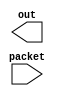
// selects specific bits of a packet
module selector
// inputs: SIZE is the size of the packet in bits
//         START is the starting index to grab bits
//         END is the end index to grab bits
#(parameter SIZE = 2, parameter START = 2, parameter END = 2)
(
    input wire [SIZE - 1 : 0]  packet,
    output wire [END - START : 0]  out
);

assign out = packet [END : START];

endmodule